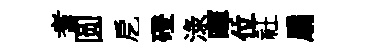
耆圆戹磴渌暉位社扇